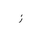
Letter: _zay